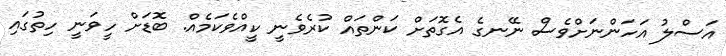
އަސްލު އަހަންނަށްވެސް ނޭނގެ އެގޮތަށް ކަންތައް ކުރެވެނީ ކީއްވެކަމެއް. ބޮޑަށް ހީވަނީ ހިތުގައި